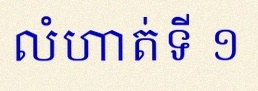
លំហាត់ទី ១